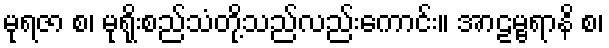
မုရဇာ စ၊ မုရိုးစည်သံတို့သည်လည်းကောင်း။ အာဠမ္ဗရာနိ စ၊